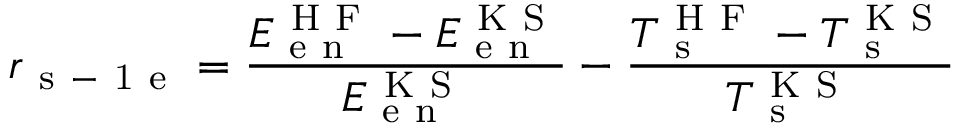
r _ { \mathrm { ~ s ~ - ~ 1 ~ e ~ } } = \frac { E _ { \mathrm { ~ e ~ n ~ } } ^ { \mathrm { ~ H ~ F ~ } } - E _ { \mathrm { ~ e ~ n ~ } } ^ { \mathrm { ~ K ~ S ~ } } } { E _ { \mathrm { ~ e ~ n ~ } } ^ { \mathrm { ~ K ~ S ~ } } } - \frac { T _ { \mathrm { ~ s ~ } } ^ { \mathrm { ~ H ~ F ~ } } - T _ { \mathrm { ~ s ~ } } ^ { \mathrm { ~ K ~ S ~ } } } { T _ { \mathrm { ~ s ~ } } ^ { \mathrm { ~ K ~ S ~ } } }